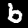
Digit: 6